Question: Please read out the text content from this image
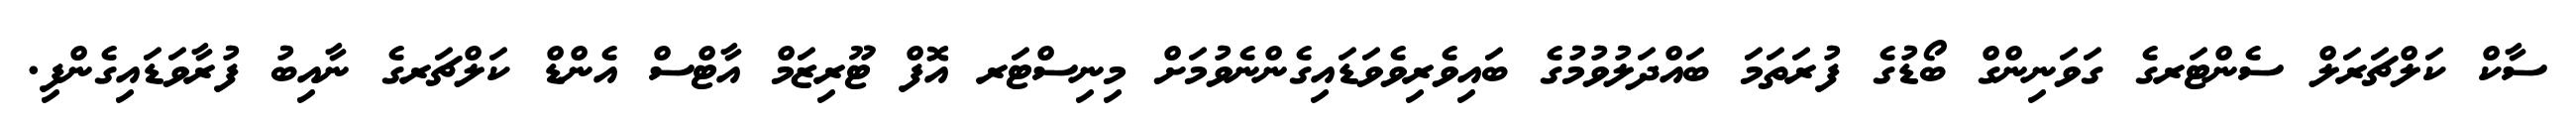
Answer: ސާކް ކަލްޗަރަލް ސެންޓަރގެ ގަވަނިންގް ބޯޑުގެ ފުރަތަމަ ބައްދަލުވުމުގެ ބައިވެރިވެވަޑައިގެންނެވުމަށް މިނިސްޓަރ އޮފް ޓޫރިޒަމް އާޓްސް އެންޑް ކަލްޗަރގެ ނާއިބު ފުރާވަޑައިގެންފި.